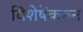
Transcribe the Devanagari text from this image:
विशेषेंकरून